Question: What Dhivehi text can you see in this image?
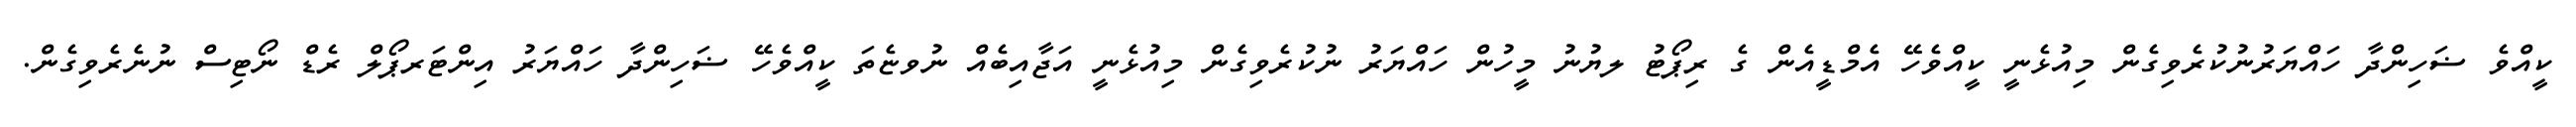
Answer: ކީއްވެ ޟަހިންދާ ހައްޔަރުނުކުރެވިގެން މިއުޅެނީ ކީއްވެހޭ އެމްޑީއެން ގެ ރިޕޯޓު ލޔުނު މީހުން ހައްޔަރު ނުކުރެވިގެން މިއުޅެނީ އަޖާއިބެއް ނުވޏެތަ ކީއްވެހޭ ޟަހިންދާ ހައްޔަރު އިންޓަރޕޯލް ރެޑް ނޯޓިސް ނުނެރެވިގެން.